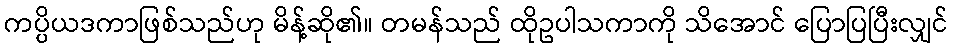
ကပ္ပိယဒကာဖြစ်သည်ဟု မိန့်ဆို၏။ တမန်သည် ထိုဥပါသကာကို သိအောင် ပြောပြပြီးလျှင်